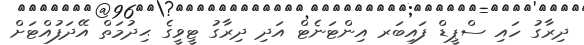
ދިރާގު ހައި ސްޕީޑް ފައިބަރ އިންޓަނެޓް އަދި ދިރާގު ޓީވީގެ ޙިދުމަތް އޭދަފުއްޓަށް